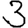
Digit: 3